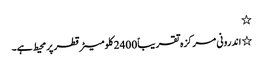
٭
٭ اندرونی مرکزہ تقریباً 2400 کلومیٹر قطر پر محیط ہے۔